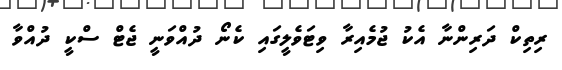
ރިތިކް ދަރިންނާ އެކު ޖުމެއިރާ ވިޓަވެލީގައި ކެނޯ ދުއްވަނީ ޖެޓް ސްކީ ދުއްވާ